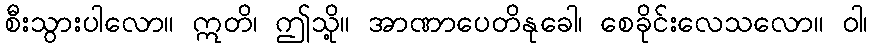
စီးသွားပါလော။ ဣတိ၊ ဤသို့။ အာဏာပေတိနုခေါ၊ စေခိုင်းလေသလော။ ဝါ၊